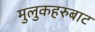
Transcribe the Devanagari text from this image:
मुलुकहरुबाट